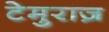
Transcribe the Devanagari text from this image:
टेमुराज़